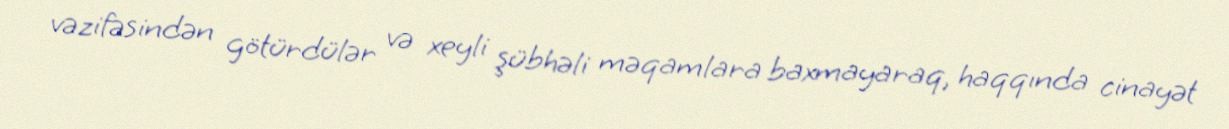
vəzifəsindən götürdülər və xeyli şübhəli məqamlara baxmayaraq, haqqında cinayət